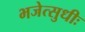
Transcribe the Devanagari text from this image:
भजेत्सुधीः